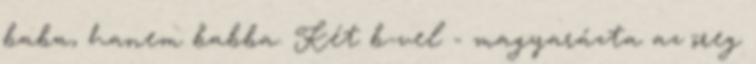
baba, hanem babba. Két b-vel - magyarázta az öreg